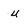
Character: U